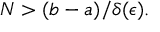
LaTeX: N > ( b - a ) / \delta ( \epsilon ) .